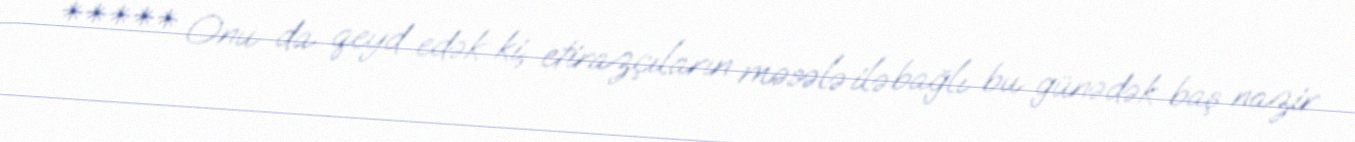
***** Onu da qeyd edək ki, etirazçıların məsələ ilə bağlı bu günədək baş nazir